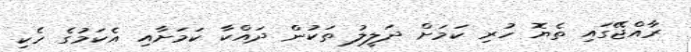
ރާއްޖޭގައި ތެޔޮ ހުރި ކަމަށް ދަލީލު ތަކުން ދައްކާ ކަމަށާއި އެކަމުގެ ހެކި